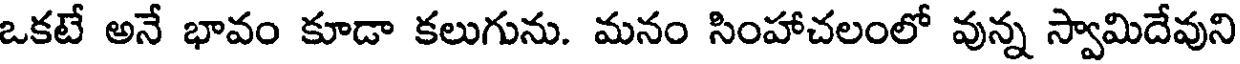
ఒకటే అనే భావం కూడా కలుగును. మనం సింహాచలంలో వున్న స్వామిదేవుని